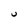
Character: U